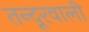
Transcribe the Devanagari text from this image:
तन्दूरवाली